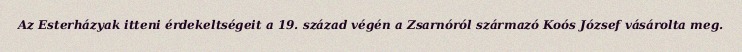
Az Esterházyak itteni érdekeltségeit a 19. század végén a Zsarnóról származó Koós József vásárolta meg.